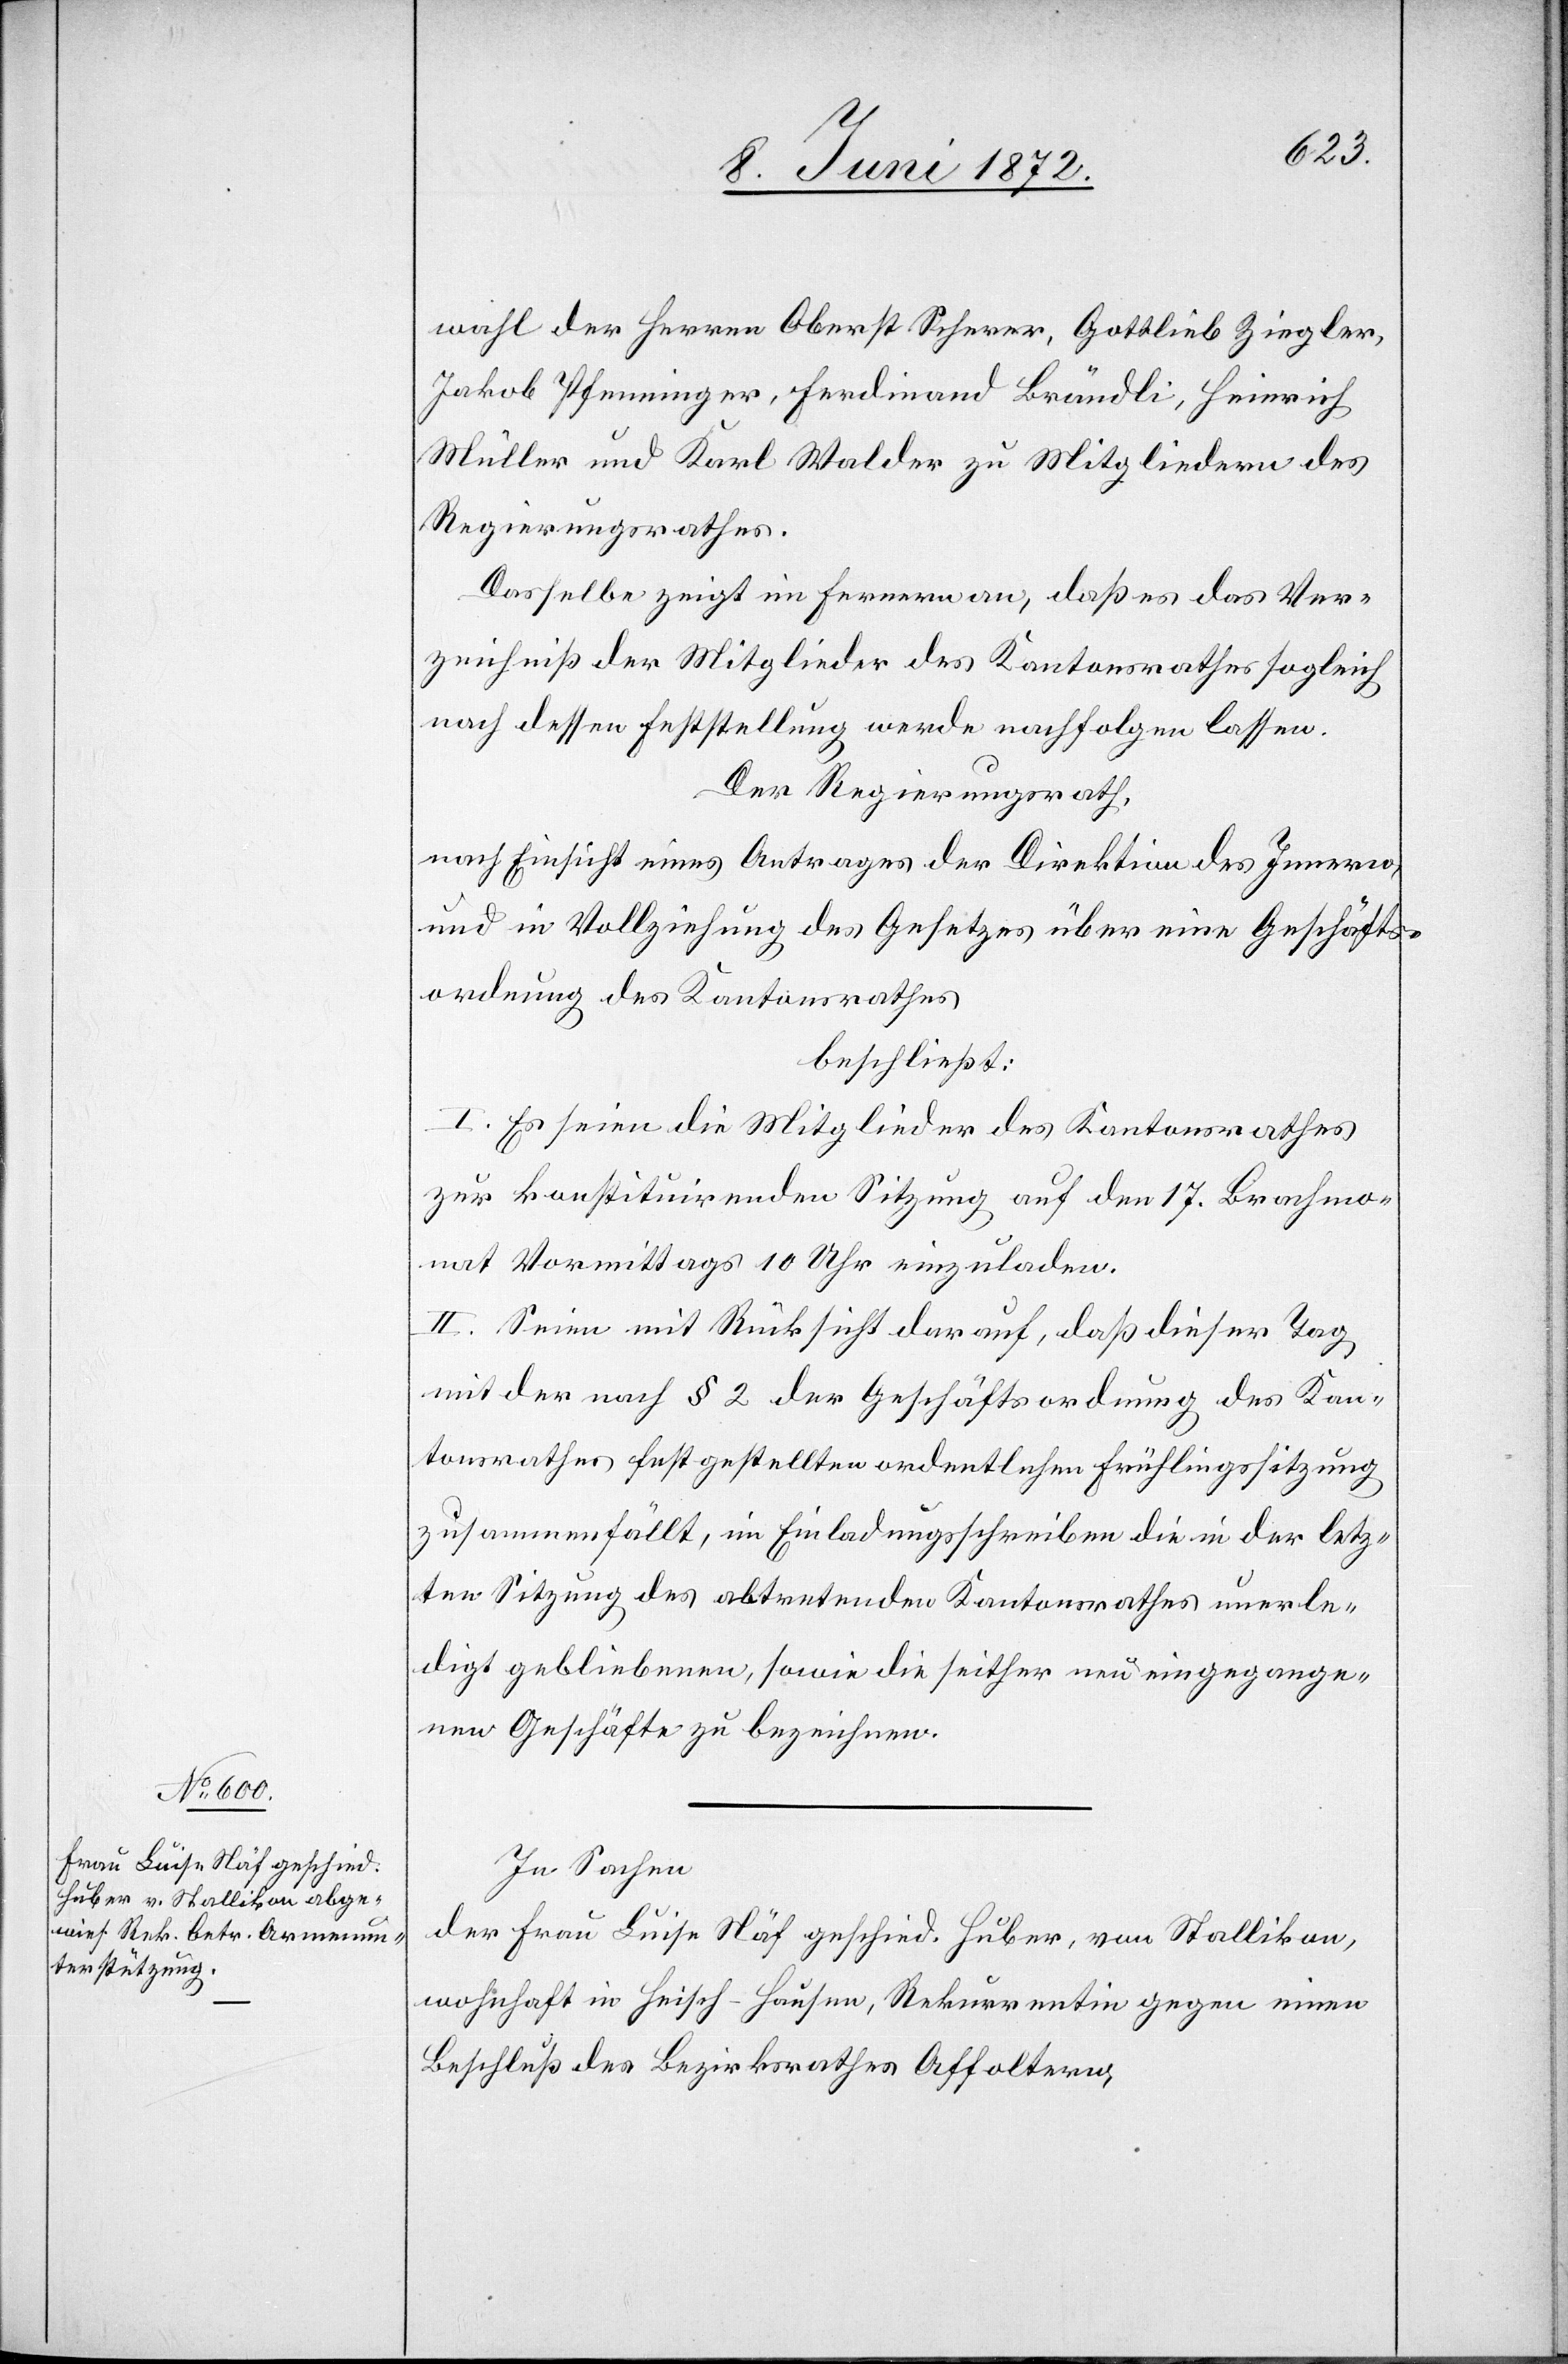
wahl der Herren Oberst. Scherer, Gottlieb Ziegler,
Jakob Pfenninger, Ferdinand Brändli, Heinrich
Müller und Karl Walder zu Mitgliedern des
Regierungsrathes.
Dasselbe zeigt im Fernern an, daß es das Ver¬
zeichniß der Mitglieder des Kantonsrathes sogleich
nach dessen Feststellung werde nachfolgen lassen.
Der Regierungsrath,
nach Einsicht eines Antrages der Direktion des Innern,
und in Vollziehung des Gesetzes über eine Geschäfts¬
ordnung des Kantonsrathes
beschließt:
I. Es seien die Mitglieder des Kantonsrathes
zur konstituirenden Sitzung auf den 17. Brachmo¬
nat Vormittags 10 Uhr einzuladen.
II. Seien mit Rücksicht darauf, daß dieser Tag
mit der nach § 2 der Geschäftsordnung des Kan¬
tonsrathes festgestellten ordentlichen Frühlingssitzung
zusammenfällt, im Einladungsschreiben die in der letz¬
ten Sitzung des abtretenden Kantonsrathes unerle¬
digt gebliebenen, sowie die seither neu eingegange¬
nen Geschäfte zu bezeichnen.
In Sachen
der Frau Luise Näf geschied. Huber, von Stallikon,
wohnhaft in Heisch-Hausen, Rekurrentin gegen einen
Beschluß des Bezirksrathes Affoltern,